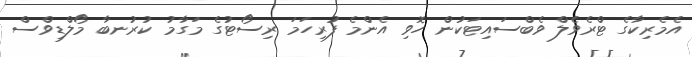
އެމެރިކާގެ ޓްރެވެލް ވެބްސައިޓަކުން ހޮވި އެންމެ ފުރިހަމަ ރިސޯޓުގެ މަގާމު ކުރުނބާ މޯލްޑިވްސް